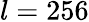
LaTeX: l=256